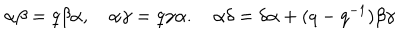
LaTeX: \alpha \beta = q \beta \alpha , \quad \alpha \gamma = q \gamma \alpha . \quad \alpha \delta = \delta \alpha + ( q - q ^ { - 1 } ) \beta \gamma